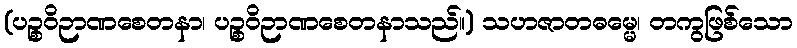
(ပဉ္စဝိဉာဏစေတနာ၊ ပဉ္စဝိဉာဏစေတနာသည်။) သဟဇာတဓမ္မေ၊ တကွဖြစ်သော